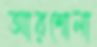
আরশোলা